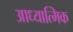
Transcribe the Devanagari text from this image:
आध्‍यात्मिक